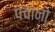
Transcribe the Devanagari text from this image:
पंचानो